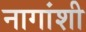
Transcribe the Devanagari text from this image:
नागांशी